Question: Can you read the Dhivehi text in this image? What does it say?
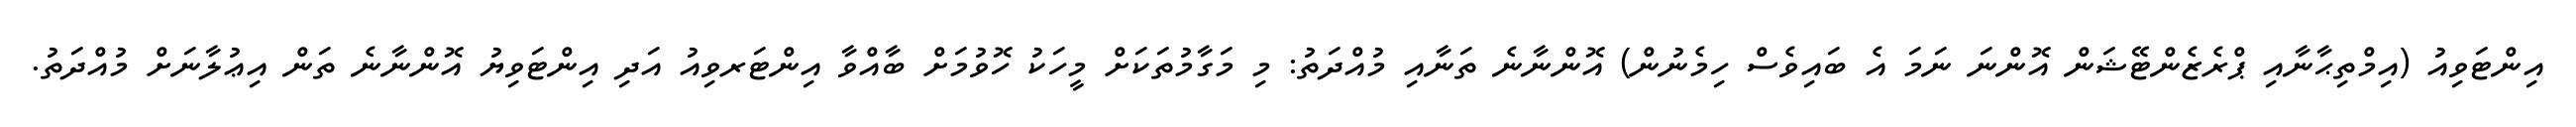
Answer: އިންޓަވިއު (އިމްތިޙާނާއި ޕްރެޒެންޓޭޝަން އޮންނަ ނަމަ އެ ބައިވެސް ހިމެނުން) އޮންނާނެ ތަނާއި މުއްދަތު: މި މަގާމުތަކަށް މީހަކު ހޮވުމަށް ބާއްވާ އިންޓަރވިއު އަދި އިންޓަވިޔު އޮންނާނެ ތަން އިޢުލާނަށް މުއްދަތު.